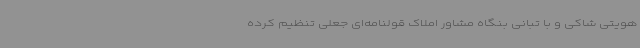
هویتی شاکی و با تبانی بنگاه مشاور املاک قولنامه‌ای جعلی تنظیم کرده